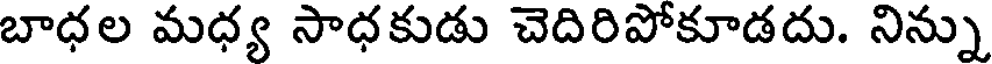
బాధల మధ్య సాధకుడు చెదిరిపోకూడదు. నిన్ను